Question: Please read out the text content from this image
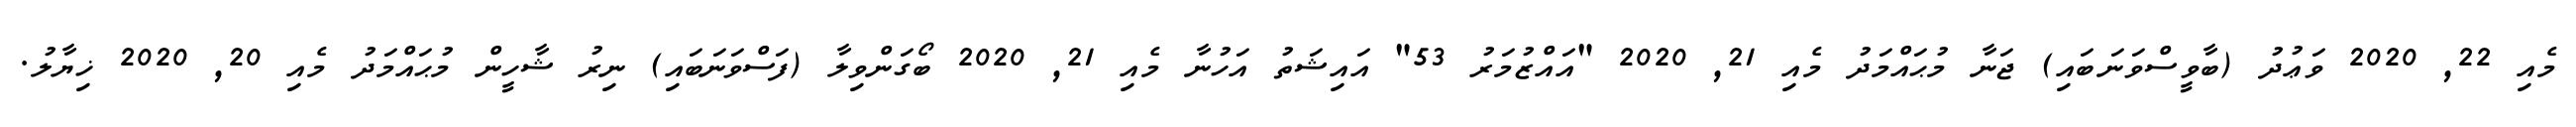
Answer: މެއި 22, 2020 ވަޢުދު (ބާވީސްވަނަބައި) ޖަނާ މުޙައްމަދު މެއި 21, 2020 "އައްޒުމަރު 53" އައިޝަތު އަހުނާ މެއި 21, 2020 ބޯގަންވިލާ (ފަސްވަނަބައި) ނިރު ޝާހީން މުޙައްމަދު މެއި 20, 2020 ޚިޔާލު.